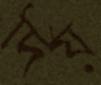
দিয়